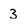
Character: 3